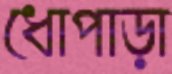
ধোপাড়া